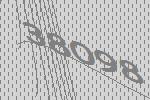
38098